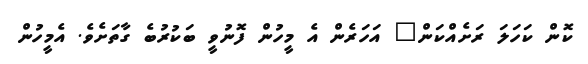
ކޮން ކަހަލަ ރަށެއްކަން" އަހަރެން އެ މީހުން ފޮނުވީ ބަކުރުބެ ގާތަށެވެ. އެމީހުން